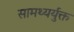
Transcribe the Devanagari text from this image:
सामथ्यर्युक्त